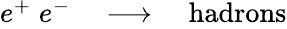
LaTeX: \begin{array}{rlr}{e^{+}\; e^{-}}&{{}\longrightarrow\; }&{\textrm{hadrons}}\end{array}